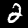
Label: 2